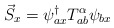
\begin{align*}\vec{S}_{x}=\psi_{ax}^{\dagger}T_{ab}^{\alpha}\psi_{bx}\end{align*}